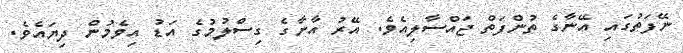
ނޭފަތުގައި އޭނާގެ ތުންފަތް ޖައްސާލިއެވެ. އޭރު އާނާގެ ގިސްލުމުގެ އަޑު އިވެމުން ދިޔައެވެ.